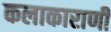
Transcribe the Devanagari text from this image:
कलाकाराणी